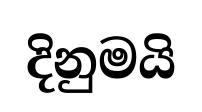
දිනුමයි